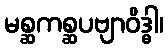
မစ္ဆကစ္ဆပဗျာဝိဒ္ဓါ၊